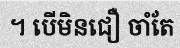
។ បើមិនជឿ ចាំតែ